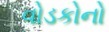
વોડકોનો